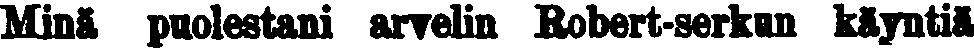
Minä puolestani arvelin Robert-serkun käyntiä